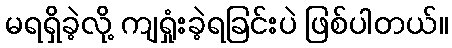
မရရှိခဲ့လို့ ကျရှုံးခဲ့ရခြင်းပဲ ဖြစ်ပါတယ်။